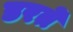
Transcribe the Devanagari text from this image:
डरतें